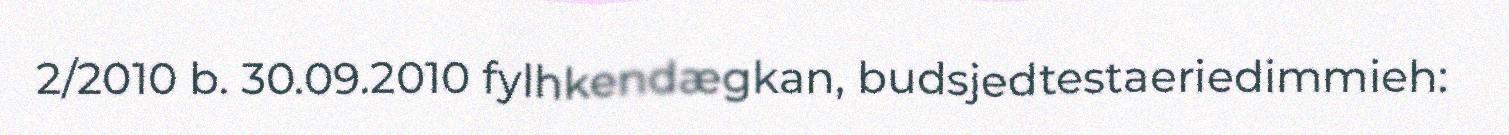
2/2010 b. 30.09.2010 fylhkendægkan, budsjedtestaeriedimmieh: